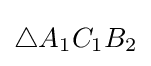
\triangle A_{1}C_{1}B_{2}